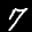
Label: 7